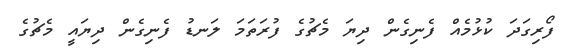
ފޯރިގަދަ ކުޅުމެއް ފެނިގެން ދިޔަ މެޗުގެ ފުރަތަމަ ލަނޑު ފެނިގެން ދިޔައީ މެޗުގެ